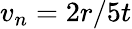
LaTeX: v_{n}=2r/5t